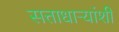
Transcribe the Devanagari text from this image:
सत्ताधाऱ्यांशी